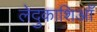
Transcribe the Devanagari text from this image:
लेदुकाशिआँ